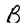
Character: B